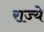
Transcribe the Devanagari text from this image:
रा़ज्ये